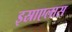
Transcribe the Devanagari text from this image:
इस्राएलास